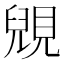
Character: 𧡎